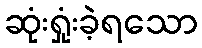
ဆုံးရှုံးခဲ့ရသော